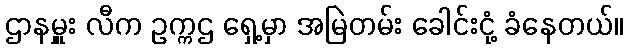
ဌာနမှူး လီက ဥက္ကဌ ရှေ့မှာ အမြဲတမ်း ခေါင်းငုံ့ ခံနေတယ်။